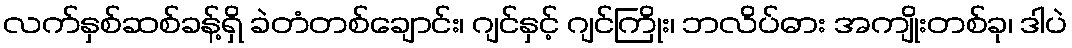
လက်နှစ်ဆစ်ခန့်ရှိ ခဲတံတစ်ချောင်း၊ ဂျင်နှင့် ဂျင်ကြိုး၊ ဘလိပ်ဓား အကျိုးတစ်ခု၊ ဒါပဲ